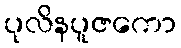
ပုလိနပူဇကော